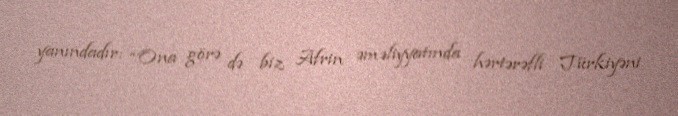
yanındadır: “Ona görə də biz Afrin əməliyyatında hərtərəfli Türkiyəni